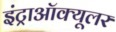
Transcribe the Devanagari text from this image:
इंट्राऑक्यूलर